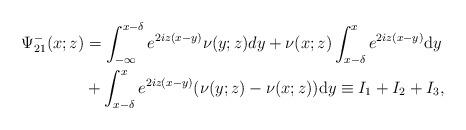
LaTeX: \begin{align*}\begin{aligned}\Psi^-_{21}(x;z)&= \int_{-\infty}^{x-\delta} e^{2 iz(x-y)} \nu(y ;z) d y+\nu(x ;z) \int_{x-\delta}^{x} e^{2 i z(x-y)} \mathrm{d} y \\&+\int_{x-\delta}^{x} e^{2 i z(x-y)}(\nu(y ;z)-\nu(x ; z)) \mathrm{d} y \equiv I_1+I_2+I_3,\end{aligned}\end{align*}